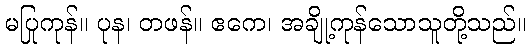
မပြုကုန်။ ပုန၊ တဖန်။ ဧကေ၊ အချို့ကုန်သောသူတို့သည်။